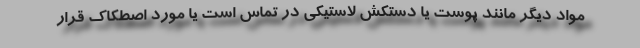
مواد دیگر مانند پوست یا دستکش لاستیکی در تماس است یا مورد اصطکاک قرار